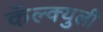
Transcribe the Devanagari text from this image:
कॅल्क्युली